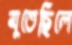
মুতেছিলে